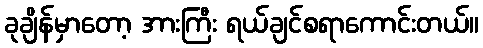
ခုချိန်မှာတော့ အားကြီး ရယ်ချင်စရာကောင်းတယ်။